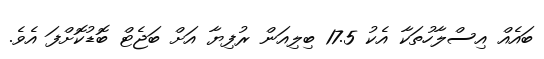
ބައެއް އިސްލާހުތަކާ އެކު 17.5 ބިލިއަން ރުފިޔާ އަށް ބަޖެޓް ބޮޑުކޮށްފަ އެވެ.